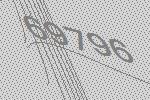
69796